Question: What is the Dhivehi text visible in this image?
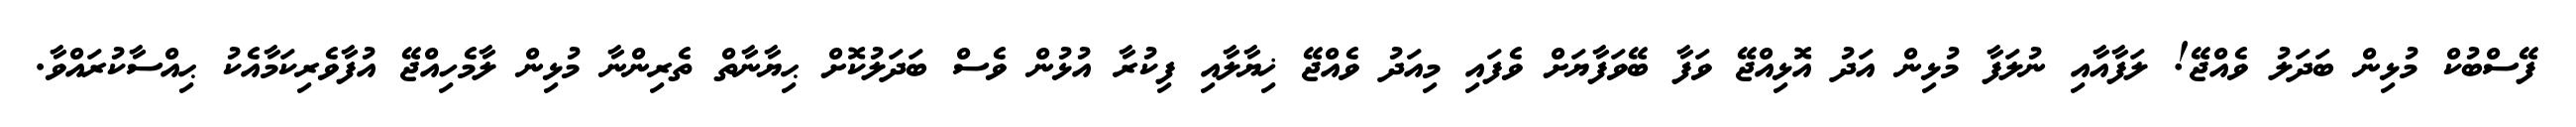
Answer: ފޭސްބުކް މުޅިން ބަދަލު ވެއްޖޭ! ލަފާއާއި ނުލަފާ މުޅިން އަދު އޮޅިއްޖޭ ވަފާ ބޭވަފާޔަށް ވެފައި މިއަދު ވެއްޖޭ ޚިޔާލާއި ފިކުރާ އުޅުން ވެސް ބަދަލުކޮށް ޙިޔާނާތް ތެރިންނާ މުޅިން ލާމެހިއްޖޭ އުފާވެރިކަމާއެކު ޙިއްސާކުރައްވާ.